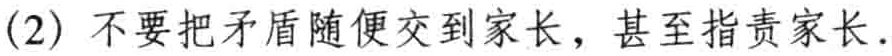
(2) 不要把矛盾随便交到家长，甚至指责家长.